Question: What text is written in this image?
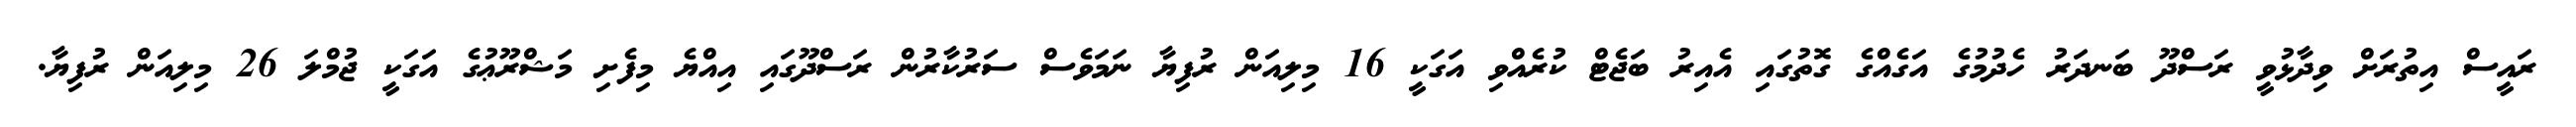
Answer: ރައީސް އިތުރަށް ވިދާޅުވީ ރަސްދޫ ބަނދަރު ހެދުމުގެ އަގެއްގެ ގޮތުގައި އެއިރު ބަޖެޓް ކުރެއްވި އަގަކީ 16 މިލިއަން ރުފިޔާ ނަމަވެސް ސަރުކާރުން ރަސްދޫގައި އިއްޔެ މިފެށި މަޝްރޫޢުގެ އަގަކީ ޖުމްލަ 26 މިލިއަން ރުފިޔާ.